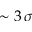
\sim 3 \, \sigma